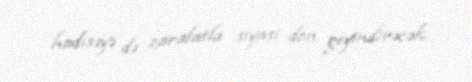
hadisəyə də zarafatla siyasi don geyindirəcək.